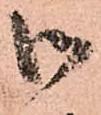
御